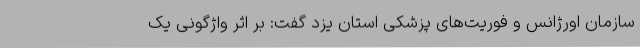
سازمان اورژانس و فوریت‌های پزشکی استان یزد گفت: بر اثر واژگونی یک